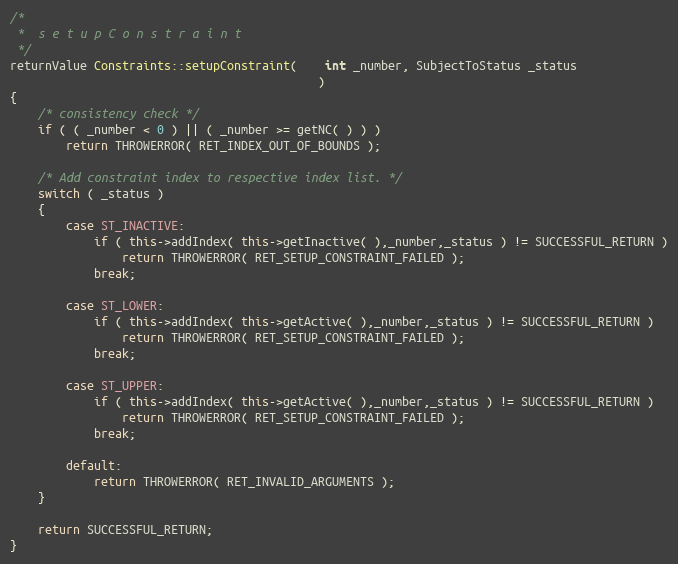
Language: C++
/*
 *	s e t u p C o n s t r a i n t
 */
returnValue Constraints::setupConstraint(	int _number, SubjectToStatus _status
											)
{
	/* consistency check */
	if ( ( _number < 0 ) || ( _number >= getNC( ) ) )
		return THROWERROR( RET_INDEX_OUT_OF_BOUNDS );

	/* Add constraint index to respective index list. */
	switch ( _status )
	{
		case ST_INACTIVE:
			if ( this->addIndex( this->getInactive( ),_number,_status ) != SUCCESSFUL_RETURN )
				return THROWERROR( RET_SETUP_CONSTRAINT_FAILED );
			break;

		case ST_LOWER:
			if ( this->addIndex( this->getActive( ),_number,_status ) != SUCCESSFUL_RETURN )
				return THROWERROR( RET_SETUP_CONSTRAINT_FAILED );
			break;

		case ST_UPPER:
			if ( this->addIndex( this->getActive( ),_number,_status ) != SUCCESSFUL_RETURN )
				return THROWERROR( RET_SETUP_CONSTRAINT_FAILED );
			break;

		default:
			return THROWERROR( RET_INVALID_ARGUMENTS );
	}

	return SUCCESSFUL_RETURN;
}